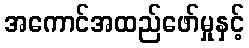
အကောင်အထည်ဖော်မှုနှင့်